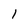
Character: 1